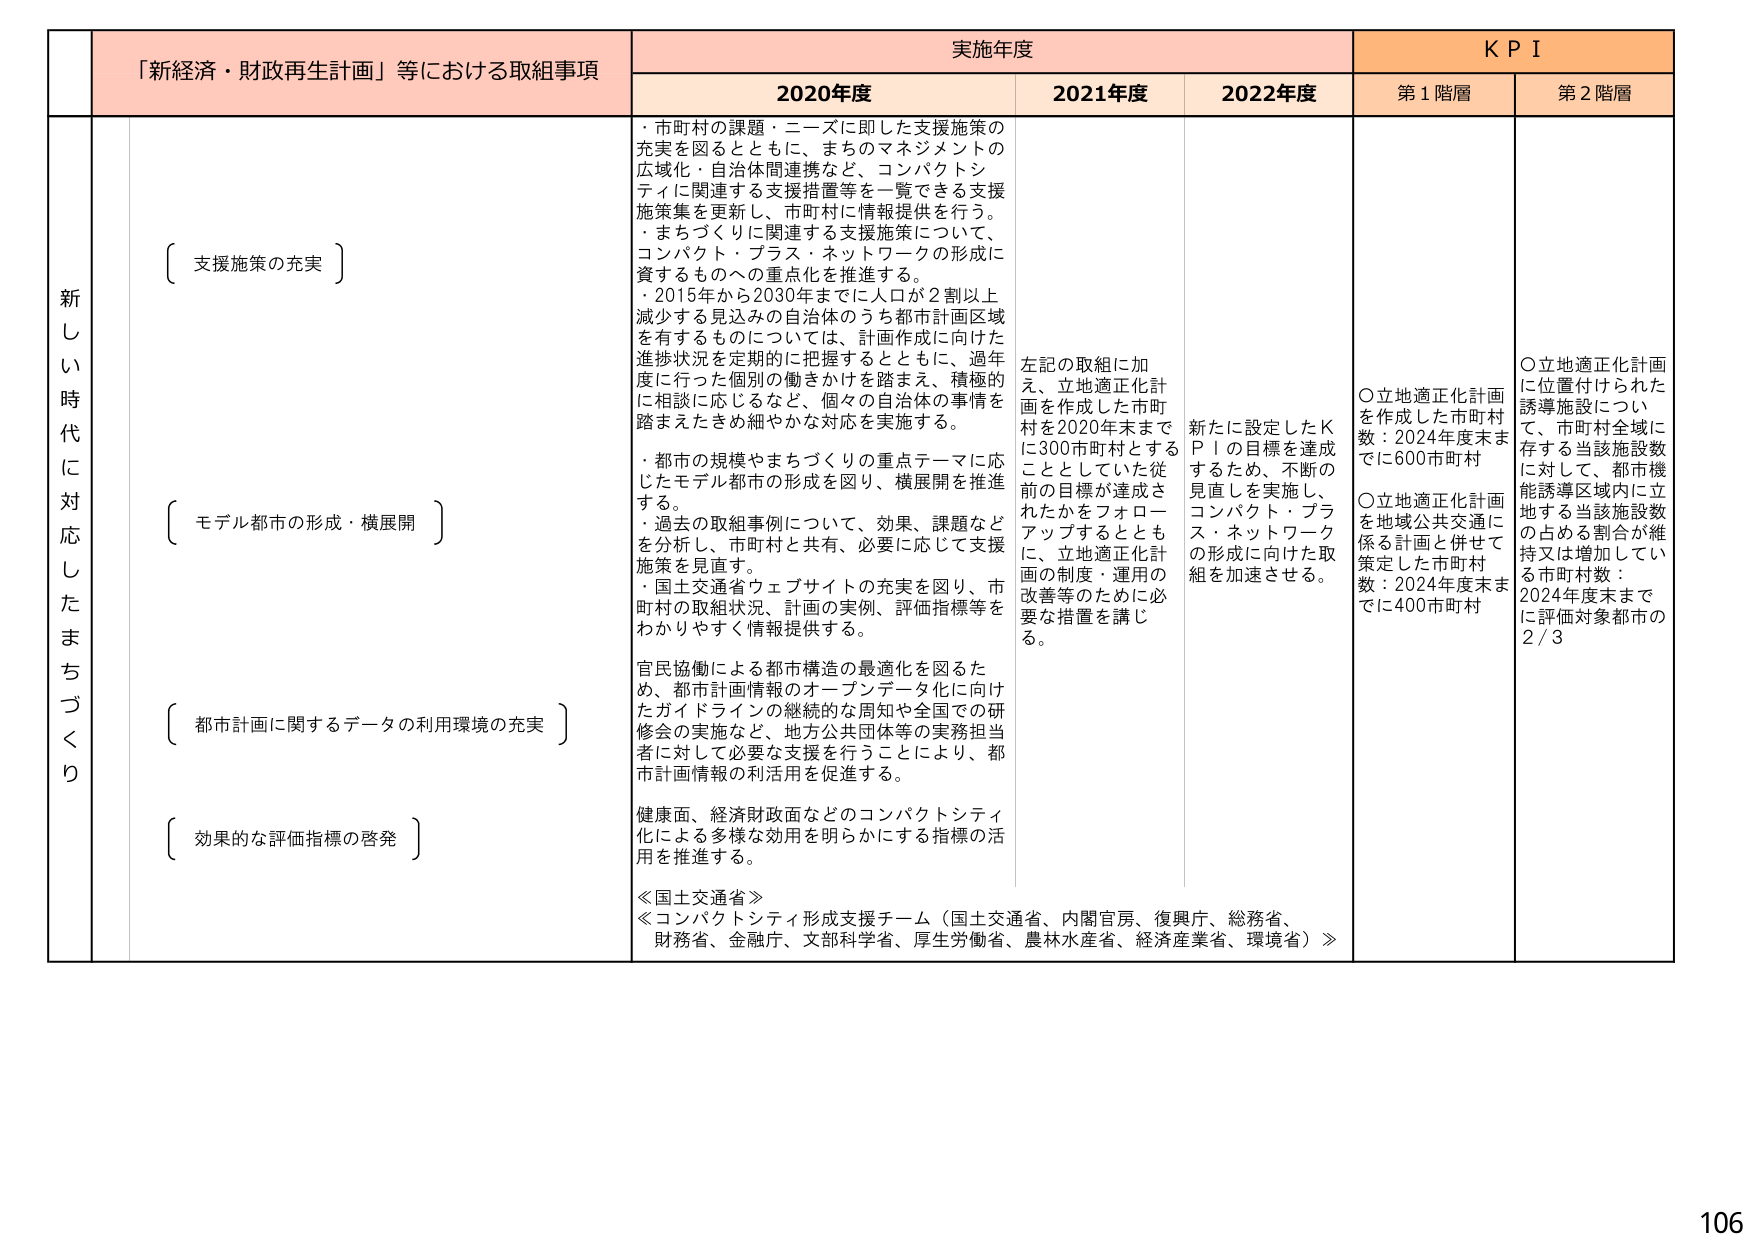
「新経済・財政再生計画」等における取組事項

実施年度

KPI

2020年度

2021年度

2022年度

第1階層

第2階層

新しい時代に対応したまちづくり

〔支援施策の充実〕

・市町村の課題・ニーズに即した支援施策の充実を図るとともに、まちのマネジメントの広域化・自治体間連携など、コンパクトシティに関連する支援措置等を一覧できる支援施策集を更新し、市町村に情報提供を行う。

・まちづくりに関連する支援施策について、コンパクト・プラス・ネットワークの形成に資するものへの重点化を推進する。

・2015年から2030年までに人口が2割以上減少する見込みの自治体のうち都市計画区域を有するものについては、計画作成に向けた進捗状況を定期的に把握するとともに、過年度に行った個別の働きかけを踏まえ、積極的に相談に応じるなど、個々の自治体の事情を踏まえたきめ細やかな対応を実施する。

左記の取組に加え、立地適正化計画を作成した市町村を2020年末までに300市町村とすることができたかをフォローアップするとともに、立地適正化計画の制度・運用の改善等のために必要な措置を講じる。

新たに設定したKPIの目標を達成するため、不断の見直しを実施し、コンパクト・プラス・ネットワークの形成に向けた取組を加速させる。

〇立地適正化計画を作成した市町村数：2024年度末までに600市町村

〇立地適正化計画を地域公共交通に係る計画と併せて策定した市町村数：2024年度末までに400市町村

〇立地適正化計画に位置付けられた誘導施設について、市町村全域に存する当該施設数に対して、都市機能誘導区域内に立地する当該施設数の占める割合が維持又は増加している市町村数：2024年度末までに評価対象都市の2/3

〔モデル都市の形成・横展開〕

・都市の規模やまちづくりの重点テーマに応じたモデル都市の形成を図り、横展開を推進する。

・過去の取組事例について、効果、課題などを分析し、市町村と共有、必要に応じて支援施策を見直す。

・国土交通省ウェブサイトの充実を図り、市町村の取組状況、計画の実例、評価指標等をわかりやすく情報提供する。

〔都市計画に関するデータの利用環境の充実〕

官民協働による都市構造の最適化を図るため、都市計画情報のオープンデータ化に向けたガイドラインの継続的な周知や全国での研修会の実施など、地方公共団体等の実務担当者に対して必要な支援を行うことにより、都市計画情報の利活用を促進する。

〔効果的な評価指標の啓発〕

健康面、経済財政面などのコンパクトシティ化による多様な効用を明らかにする指標の活用を推進する。

≪国土交通省≫

≪コンパクトシティ形成支援チーム（国土交通省、内閣官房、復興庁、総務省、財務省、金融庁、文部科学省、厚生労働省、農林水産省、経済産業省、環境省）≫

106